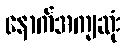
နောက်အကျဆုံး